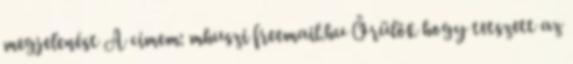
megjelenést A címem: mhuszi freemail.hu Örülök hogy tetszett az